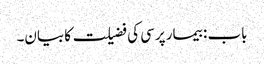
باب : بیمار پرسی کی فضیلت کا بیان۔